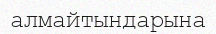
алмайтындарына